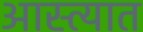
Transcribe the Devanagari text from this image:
आस्त्यात